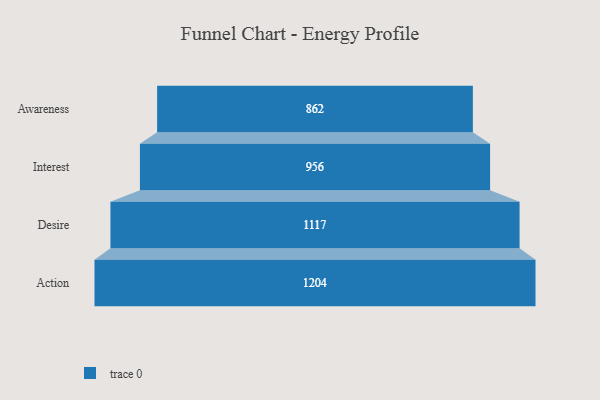
{"axis": {"x": "Stage", "y": "Value"}, "legend": [""], "data": [{"x": "Awareness", "y": 862.0, "type": ""}, {"x": "Interest", "y": 956.0, "type": ""}, {"x": "Desire", "y": 1117.0, "type": ""}, {"x": "Action", "y": 1204.0, "type": ""}]}